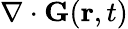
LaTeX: \nabla\cdot\mathbf{G}(\mathbf{r},t)